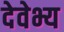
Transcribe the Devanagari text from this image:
देवेभ्य